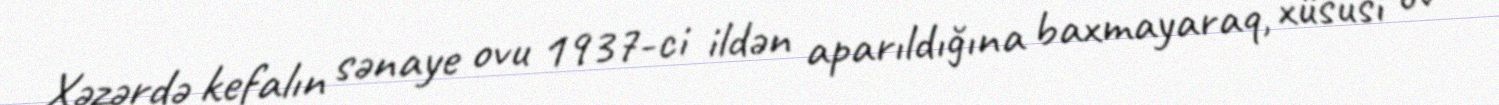
Xəzərdə kefalın sənaye ovu 1937-ci ildən aparıldığına baxmayaraq, xüsusi ov